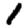
Digit: 1